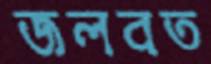
জলবত